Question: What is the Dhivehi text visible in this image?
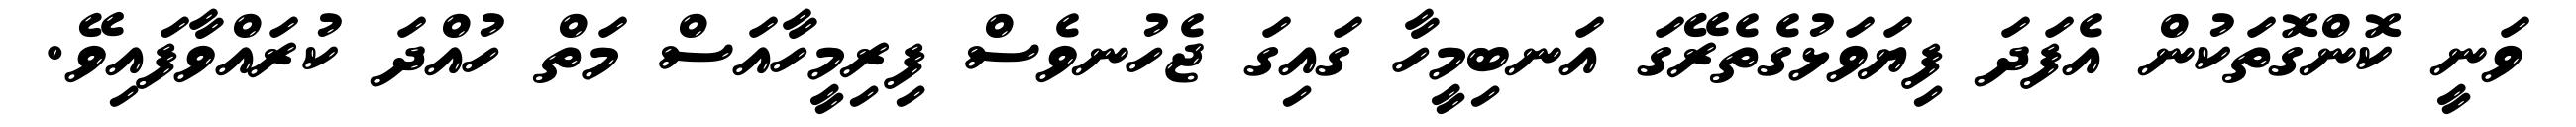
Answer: ވަނީ ކޮންގޮތަކުން އެފަދަ ފިޔަވަޅުގެތެރޭގަ އަނބިމީހާ ގައިގަ ޖެހުނވެސް ފިރިމީހާއަސް މަތް ހުއްދަ ކުރައްވާފައިވޭ.